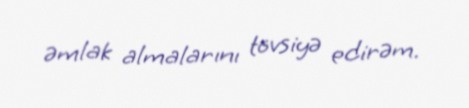
əmlak almalarını tövsiyə edirəm.